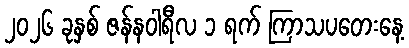
၂၀၂၆ ခုနှစ် ဇန်နဝါရီလ ၁ ရက် ကြာသပတေးနေ့